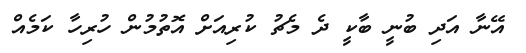
އޭނާ އަދި ބުނީ ބާކީ ދެ މެޗު ކުރިއަށް އޮތުމުން ހުރިހާ ކަމެއް